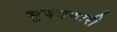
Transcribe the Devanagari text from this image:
भुषवणारी